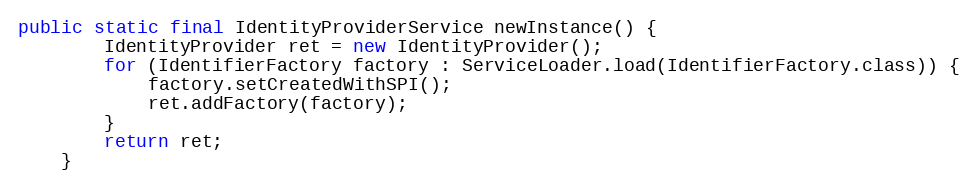
Language: Java
public static final IdentityProviderService newInstance() {
		IdentityProvider ret = new IdentityProvider();
		for (IdentifierFactory factory : ServiceLoader.load(IdentifierFactory.class)) {
			factory.setCreatedWithSPI();
			ret.addFactory(factory);
		}
		return ret;
	}